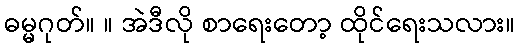
ဓမ္မဂုတ်။ ။ အဲဒီလို စာရေးတော့ ထိုင်ရေးသလား။